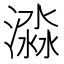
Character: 𣾜